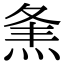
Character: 㶻